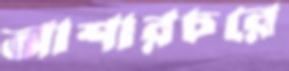
আশারচরে